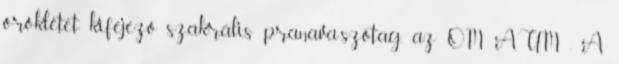
öröklétet kifejező szakrális pranava-szótag, az OM AUM . A